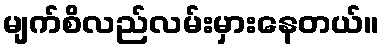
မျက်စိလည်လမ်းမှားနေတယ်။